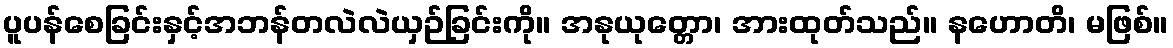
ပူပန်စေခြင်းနှင့်အဘန်တလဲလဲယှဉ်ခြင်းကို။ အနုယုတ္တော၊ အားထုတ်သည်။ နဟောတိ၊ မဖြစ်။